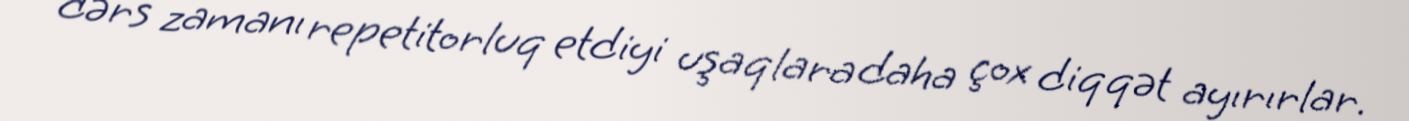
dərs zamanı repetitorluq etdiyi uşaqlara daha çox diqqət ayırırlar.